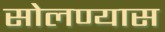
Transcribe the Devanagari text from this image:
सोलण्यास